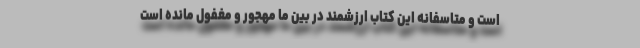
است و متاسفانه این کتاب ارزشمند در بین ما مهجور و مغفول مانده است